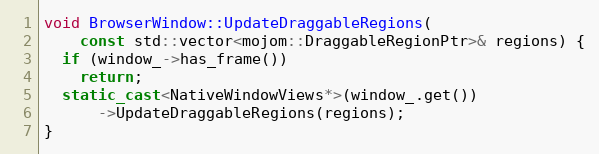
Language: C++
void BrowserWindow::UpdateDraggableRegions(
    const std::vector<mojom::DraggableRegionPtr>& regions) {
  if (window_->has_frame())
    return;
  static_cast<NativeWindowViews*>(window_.get())
      ->UpdateDraggableRegions(regions);
}